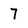
Character: 7